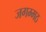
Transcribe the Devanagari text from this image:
जगम्मठ